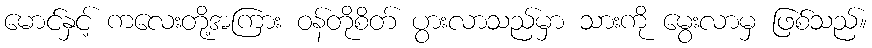
မောင်နှင့် ကလေးတို့အကြား ဝန်တိုစိတ် ပွားလာသည်မှာ သားကို မွေးလာမှ ဖြစ်သည်။